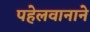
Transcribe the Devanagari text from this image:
पहेलवानाने